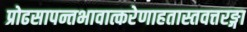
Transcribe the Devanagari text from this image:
प्रोढसापन्तभावात्करेणाहतास्तवत्तरङ्गा